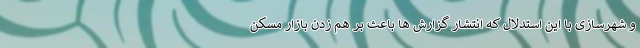
و شهرسازی با این استدلال که انتشار گزارش ها باعث بر هم زدن بازار مسکن